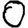
Digit: 0